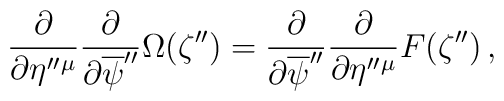
\frac{\partial }{\partial \eta''{}^{\mu}}\frac{\partial }{\partial \overline{\psi}''}\Omega(\zeta'')=\frac{\partial }{\partial \overline{\psi}''}\frac{\partial }{\partial \eta''{}^{\mu}}F(\zeta'')\,,